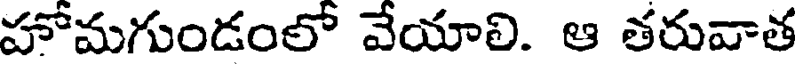
హోమగుండంలో వేయాలి. ఆ తరువాత